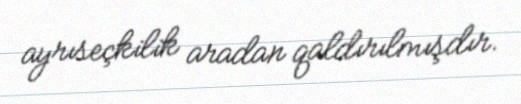
ayrıseçkilik aradan qaldırılmışdır.